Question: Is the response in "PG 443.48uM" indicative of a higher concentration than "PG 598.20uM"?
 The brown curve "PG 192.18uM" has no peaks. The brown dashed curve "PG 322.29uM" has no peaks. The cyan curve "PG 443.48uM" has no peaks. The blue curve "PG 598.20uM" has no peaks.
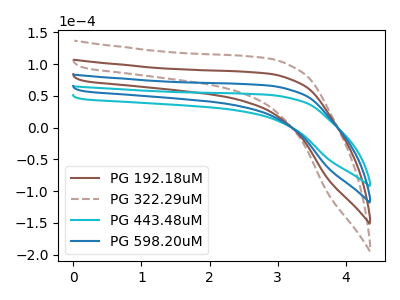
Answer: <think>Neither "PG 443.48uM" or "PG 598.20uM" have any peaks.
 </think>
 <answer>I cant tell if "PG 443.48uM" or "PG 598.20uM" has more signal.</answer>
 <eval>mixed_signal</eval>